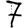
Digit: 7